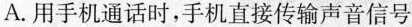
A.用手机通话时，手机直接传输声音信号